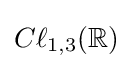
C\ell _{1,3}(\mathbb {R} )